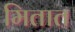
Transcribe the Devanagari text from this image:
मितात